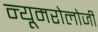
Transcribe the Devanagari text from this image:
न्यूमरोलोजी